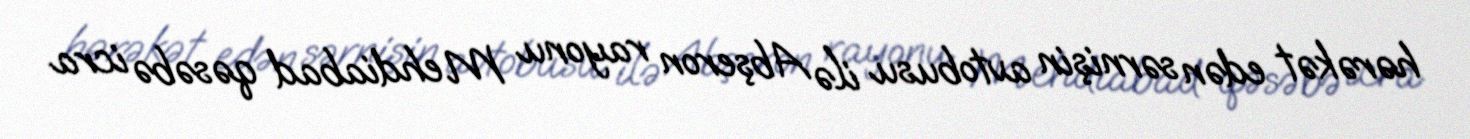
hərəkət edən sərnişin avtobusu ilə Abşeron rayonu Mehdiabad qəsəbə icra